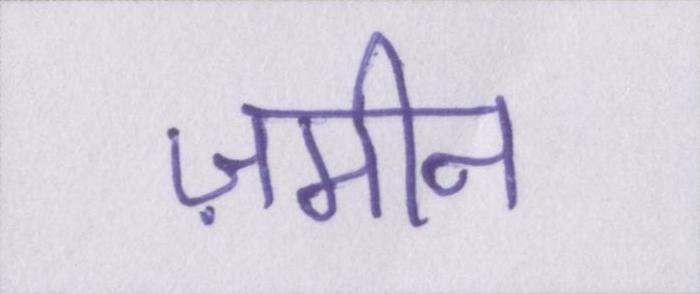
ज़मीन